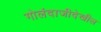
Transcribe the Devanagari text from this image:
गोलंदाजीदेखील